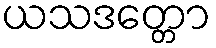
ယသဒတ္တော